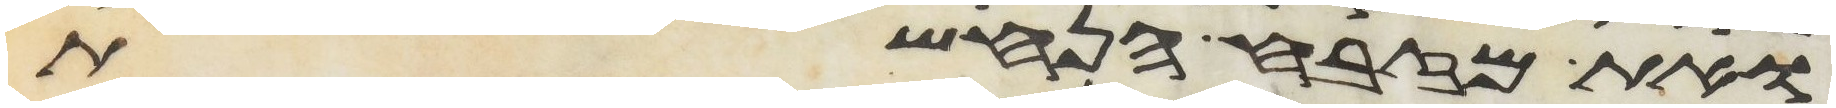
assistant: ואת מזבח הנחשת